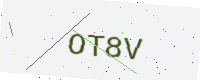
Text: OT8V